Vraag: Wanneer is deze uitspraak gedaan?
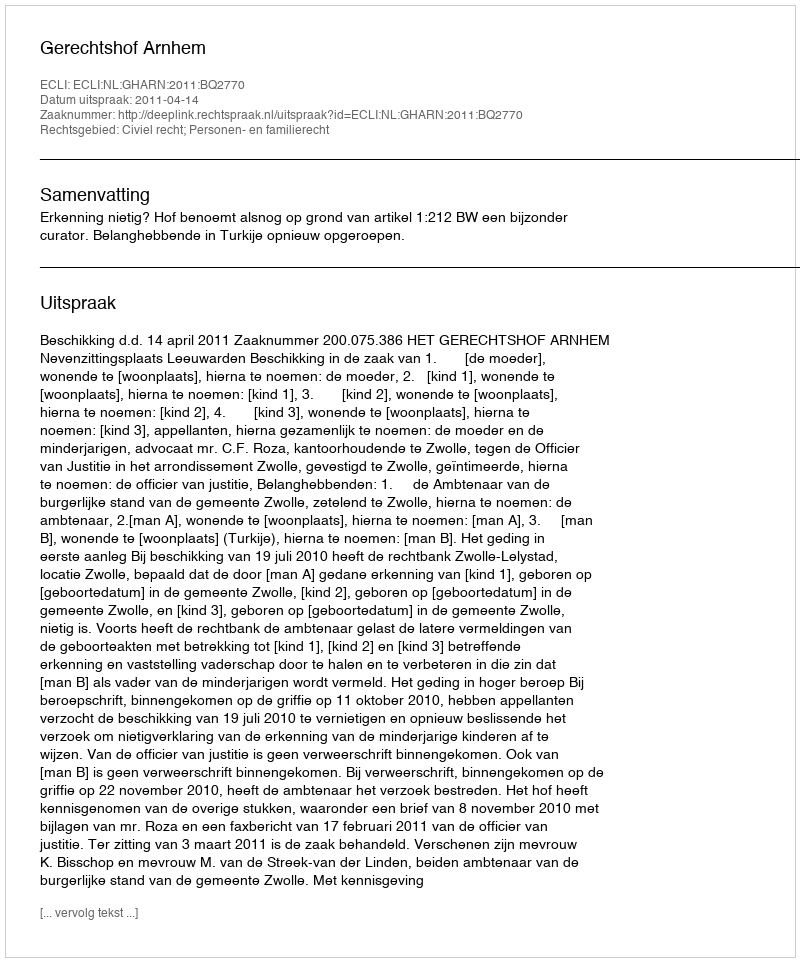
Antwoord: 2011-04-14